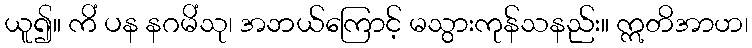
ယူ၍။ ကိံ ပန နဂမိံသု၊ အဘယ်ကြောင့် မသွားကုန်သနည်း။ ဣတိအာဟ၊